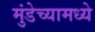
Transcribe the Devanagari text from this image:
मुंडेच्यामध्ये